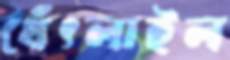
থেঁৎলাইল